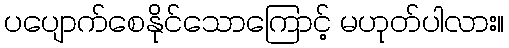
ပပျောက်စေနိုင်သောကြောင့် မဟုတ်ပါလား။